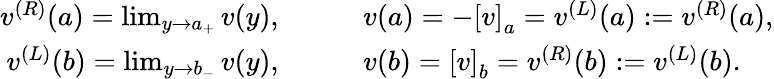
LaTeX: \begin{array}{rl}{v^{(R)}(a)=\operatorname*{lim}_{y\rightarrow a_{+}}v(y),\qquad}&{v(a)=-\left[v\right]_{a}=v^{(L)}(a):=v^{(R)}(a),}\\ {v^{(L)}(b)=\operatorname*{lim}_{y\rightarrow b_{-}}v(y),\qquad}&{v(b)=\left[v\right]_{b}=v^{(R)}(b):=v^{(L)}(b).}\end{array}